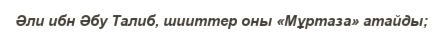
Әли ибн Әбу Талиб, шииттер оны «Мұртаза» атайды;